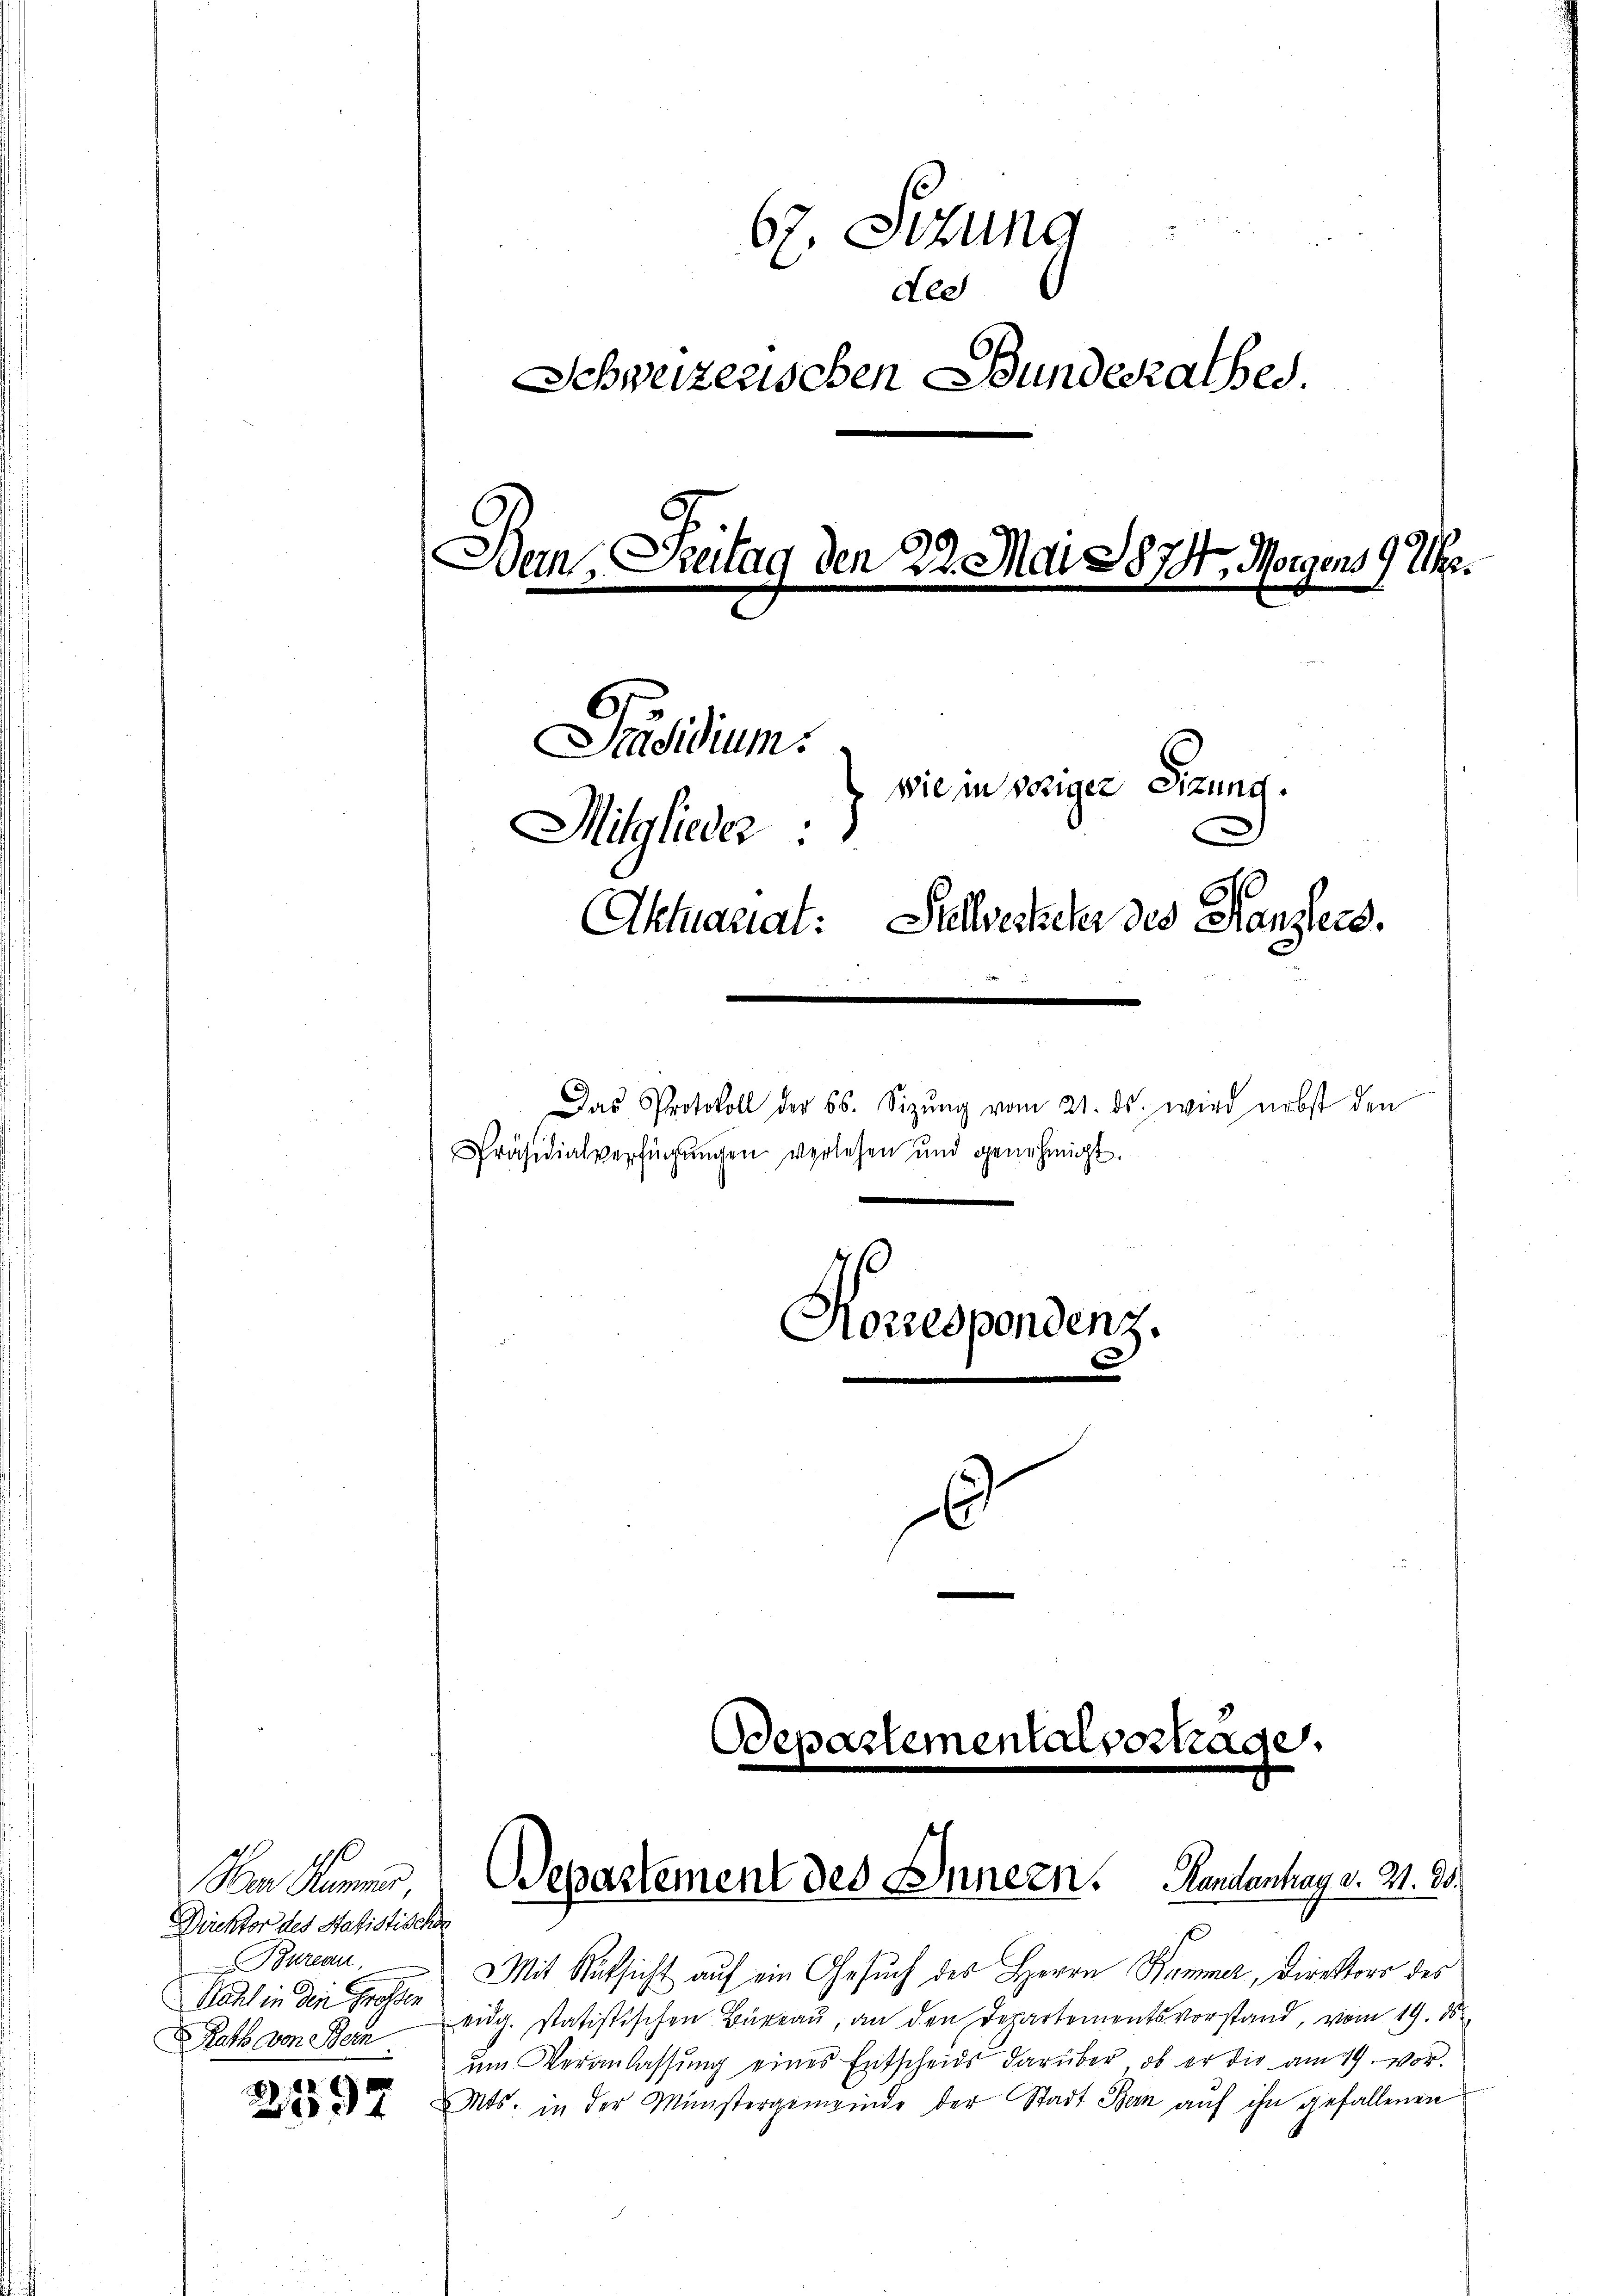
Bem Freitag den 22. Mai 1874. Morgens 9 Uhr.
Präsidium.
wie in seliger Sitzung.
Mitglieder.
Aktuariat: Stellvesteher des Kanzlers.
Das Protokoll der 65. Sizŭng vom 21. ds. wird nebst den
Präsidialverfügungen verlesen und genehmigt.
Korrespondenz.
6

Dem Sommen
Direktor des Statistische
Bureau,
Rauch in den Grossen
Rath von Bern

2597

67. Sizung

dee
Schweizerischen Bundesrathes.

Ddepartementalvertrage,

Mit Rüksicht auf ein Gesuch des Herrn Kammer, Direktors des
eidg. statistischen Büreau, an den Departementsvorstand, vom 19. ds
um Veranlassung eines Entscheids darüber, ob er die am 19. vor.
Mts. in der Münstergemeinde der Stadt Bern auf ihn gefallenen

Departement des Innern. Handanhay v. 21. 20.